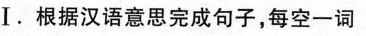
I. 根据汉语意思完成句子,每空一词